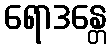
ရောဒန္တေ